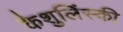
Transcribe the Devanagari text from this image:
कैशुलिंस्की